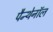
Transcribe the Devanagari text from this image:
पैन्थेनॉल